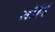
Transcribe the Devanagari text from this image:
मोनि